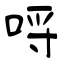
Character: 哷